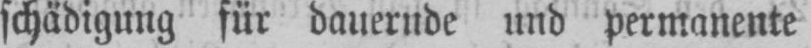
schädigung für dauernde und permanente